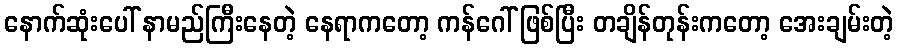
နောက်ဆုံးပေါ် နာမည်ကြီးနေတဲ့ နေရာကတော့ ကန်ဂေါ် ဖြစ်ပြီး တချိန်တုန်းကတော့ အေးချမ်းတဲ့